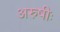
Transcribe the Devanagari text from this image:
अरुषीः